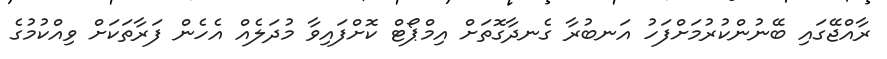
ރާއްޖޭގައި ބޭނުންކުރުމަށްފަހު އަނބުރާ ގެނދާގޮތަށް އިމްޕޯޓް ކޮށްފައިވާ މުދަލެއް އެހެން ފަރާތަކަށް ވިއްކުމުގެ